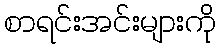
စာရင်းအင်းများကို